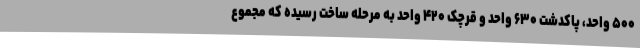
۵۰۰ واحد، پاکدشت ۶۳۰ واحد و قرچک ۴۲۰ واحد به مرحله ساخت رسیده که مجموع